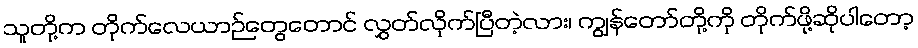
သူတို့က တိုက်လေယာဉ်တွေတောင် လွှတ်လိုက်ပြီတဲ့လား၊ ကျွန်တော်တို့ကို တိုက်ဖို့ဆိုပါတော့